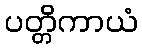
ပတ္တိကာယံ